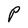
Character: P